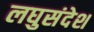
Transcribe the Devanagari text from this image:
लघुसंदेश